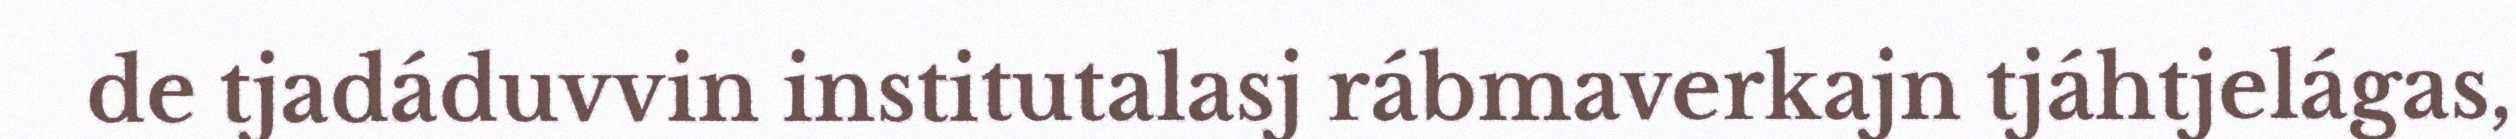
de tjadáduvvin institutalasj rábmaverkajn tjáhtjelágas,